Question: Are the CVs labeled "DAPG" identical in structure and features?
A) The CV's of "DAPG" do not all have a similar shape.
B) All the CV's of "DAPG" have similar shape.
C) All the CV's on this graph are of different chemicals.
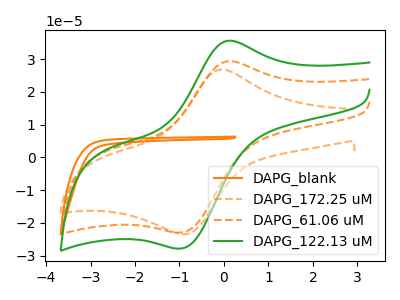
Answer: <think>The orange curve "DAPG_blank" has no peaks. The orange dashed curve "DAPG_172.25 uM" has an anodic peak at (-0.05V, 26.80uA) and a cathodic peak at (-0.80V, -23.40uA). The orange dashed curve "DAPG_61.06 uM" has an anodic peak at (0.15V, 29.35uA) and a cathodic peak at (-0.95V, -22.95uA). The green curve "DAPG_122.13 uM" has an anodic peak at (0.15V, 35.60uA) and a cathodic peak at (-0.95V, -27.85uA).
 "DAPG_blank" and "DAPG_172.25 uM" have a different number of peaks. "DAPG_blank" and "DAPG_61.06 uM" have a different number of peaks. "DAPG_blank" and "DAPG_122.13 uM" have a different number of peaks. "DAPG_172.25 uM" and "DAPG_61.06 uM" have at least one peak that do not match. "DAPG_172.25 uM" and "DAPG_122.13 uM" have at least one peak that do not match. All the peaks in "DAPG_61.06 uM" have a peak in "DAPG_122.13 uM" at the same potential. Every peak in "DAPG_61.06 uM" is lower than every peak in "DAPG_122.13 uM".</think>
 <answer>B) All the CV's of "DAPG" have similar shape.</answer>
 <eval>B</eval>